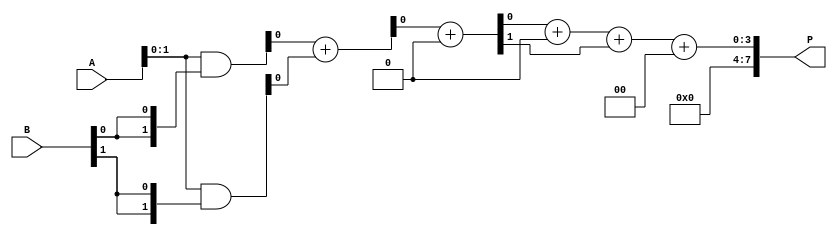
module wallace_tree_multiplier #(parameter N = 4) (
    input  [N-1:0] A,
    input  [N-1:0] B,
    output [2*N-1:0] P
);
    // Partial product generation
    wire [N-1:0] pp [0:N-1]; // Partial products
    genvar i, j;
    generate
        for (i = 0; i < N; i = i + 1) begin : pp_gen
            assign pp[i] = A & {N{B[i]}};
        end
    endgenerate

    // Wallace tree reduction
    wire [N-1:0] sum [0:N-1]; // Sums at each stage
    wire [N-1:0] carry [0:N-1]; // Carries at each stage
    wire [N-1:0] temp_sum, temp_carry;

    // Stage 1: Combine partial products
    generate
        for (i = 0; i < N-1; i = i + 1) begin : stage1
            if (i < N-1) begin
                // Half adders for the first two bits
                assign {carry[0][i], sum[0][i]} = pp[i][0] + pp[i+1][0];
                // Full adders for the rest
                assign {temp_carry, temp_sum} = pp[i][1] + pp[i+1][1] + carry[0][i];
                assign carry[0][i+1] = temp_carry;
                assign sum[0][i+1] = temp_sum;
            end
        end
    endgenerate

    // Stage 2: Continue combining until two numbers remain
    generate
        for (i = 0; i < N-1; i = i + 1) begin : stage2
            if (i < N-2) begin
                assign {carry[1][i], sum[1][i]} = sum[0][i] + sum[0][i+1];
                assign {temp_carry, temp_sum} = carry[0][i] + carry[0][i+1] + carry[1][i];
                assign carry[1][i+1] = temp_carry;
                assign sum[1][i+1] = temp_sum;
            end
        end
    endgenerate

    // Final addition
    wire [2*N-1:0] final_sum;
    wire [2*N-1:0] final_carry;

    assign final_sum = {1'b0, sum[1][0]} + {1'b0, sum[1][1]} + {1'b0, carry[1][0]};
    assign final_carry = {1'b0, carry[1][1]} + {1'b0, carry[1][2]};

    // Final product output
    assign P = final_sum + final_carry;

endmodule